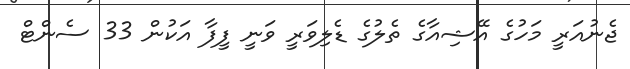
ޖެނުއަރީ މަހުގެ އޭޝިއާގެ ތެލުގެ ޑެލިވަރީ ވަނީ ފީފާ އަކުން 33 ސެންޓް